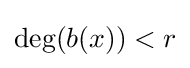
\deg(b(x))<r